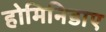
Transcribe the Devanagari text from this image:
होमिनिडाए